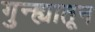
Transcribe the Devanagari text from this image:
गुन्ह्यातून